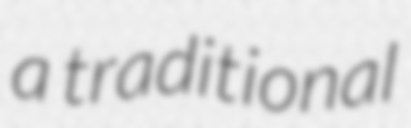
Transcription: a traditional